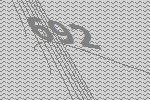
692